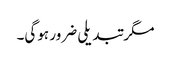
مگر تبدیلی ضرور ہوگی۔